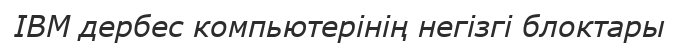
IBM дербес компьютерінің негізгі блоктары